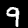
Label: 9